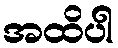
အထိပါ